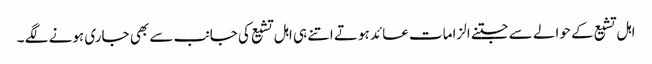
اہل تشیع کے حوالے سے جتنے الزامات عائد ہوتے اتنے ہی اہل تشیع کی جانب سے بھی جاری ہونے لگے ۔